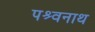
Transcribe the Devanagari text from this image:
पश्र्वनाथ